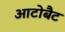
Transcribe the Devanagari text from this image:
आटोबैट